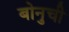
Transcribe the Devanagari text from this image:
बोनुची